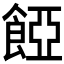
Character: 𩜄